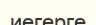
иегерге